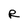
Character: R